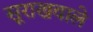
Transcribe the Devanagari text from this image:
सूराखवाले